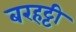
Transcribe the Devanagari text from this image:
बरहट्टी